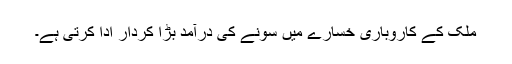
ملک کے کاروباری خسارے میں سونے کی درآمد بڑا کردار ادا کرتی ہے۔